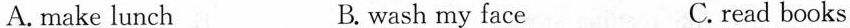
A.make lunch B. wash my face C.read books